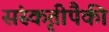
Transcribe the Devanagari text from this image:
संस्कृतीपैकी